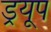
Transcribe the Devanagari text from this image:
ड्रयूप